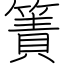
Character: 簀